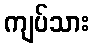
ကျပ်သား